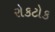
રોકટોક